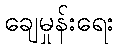
ချေမှုန်းရေး